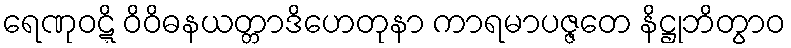
ရေဏုဝဋ္ဋိ ဝိဝိဓနယတ္တာဒိဟေတုနာ ကာရမာပဇ္ဇတေ နိဋ္ဌုဘိတွာဝ